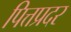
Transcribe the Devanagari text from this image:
पित्तप्रदर